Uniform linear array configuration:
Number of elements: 12
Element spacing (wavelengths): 0.5
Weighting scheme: uniform
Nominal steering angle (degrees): -30
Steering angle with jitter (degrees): -30.066
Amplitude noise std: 0.05
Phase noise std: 0.05

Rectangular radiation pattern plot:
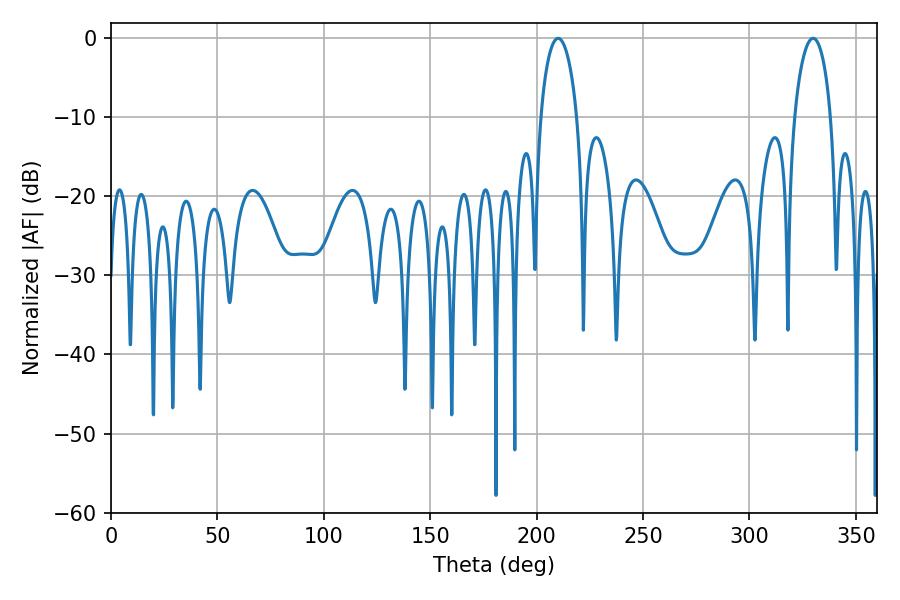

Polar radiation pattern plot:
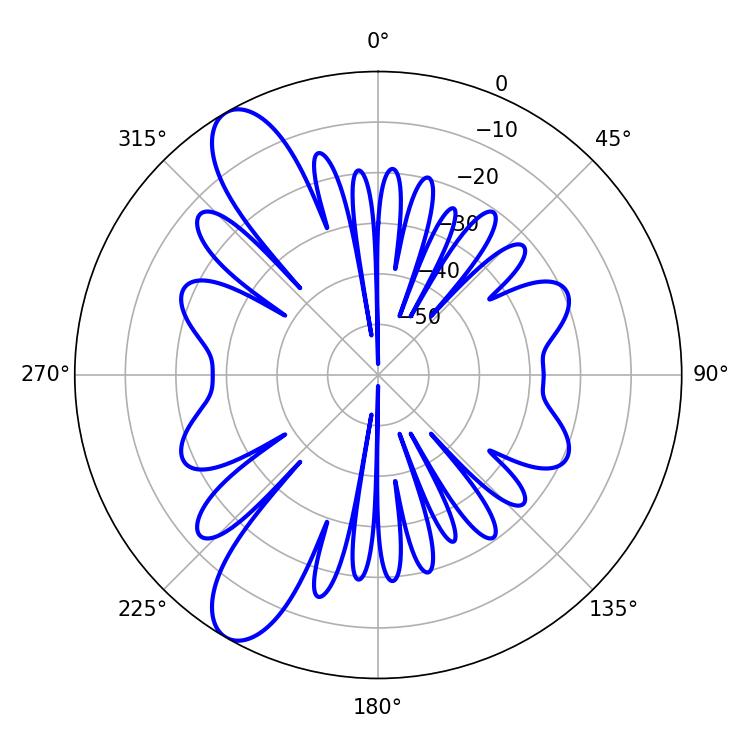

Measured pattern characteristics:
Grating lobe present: FALSE
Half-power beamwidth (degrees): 9.72
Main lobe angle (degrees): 210.06